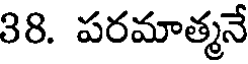
38. పరమాత్మనే